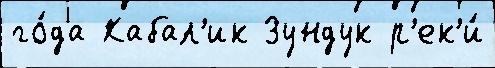
го́да Кабал'ик Зундук р'ек'и́